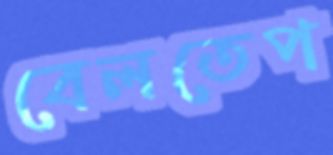
বেলতেপ